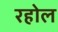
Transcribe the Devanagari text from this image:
रहोल